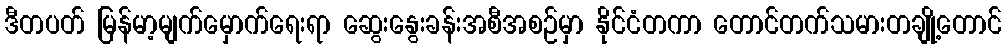
ဒီတပတ် မြန်မာ့မျက်မှောက်ရေးရာ ဆွေးနွေးခန်းအစီအစဉ်မှာ နိုင်ငံတကာ တောင်တက်သမားတချို့တောင်